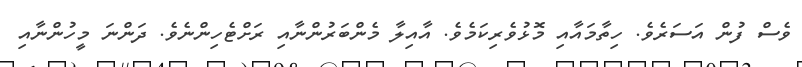
ވެސް ފުން އަސަރެވެ. ހިތާމައާއި މޮޅުވެރިކަމެވެ. އާއިލާ މެންބަރުންނާއި ރަށްޓެހިންނެވެ. ދަންނަ މީހުންނާއި